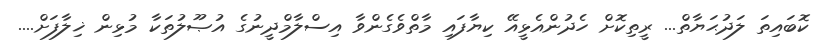
ކޮބައިތަ ލަދުޙަޔާތް... ރީތިކޮށް ހެދުންއެޅީއޭ ކިޔާފައި މާތްވެގެންވާ އިސްލާމްދީނުގެ އުޞޫލުތަކާ މުޅިން ޚިލާފަށް....